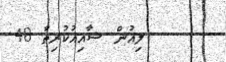
ލިއުން ޝާއިއުކުރިތާ 48